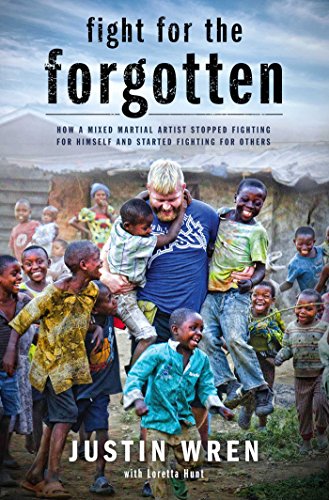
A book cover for Fight for the Forgotten: How a Mixed Martial Artist Stopped Fighting for Himself and Started Fighting for Others; Justin Wren; Biographies & Memoirs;